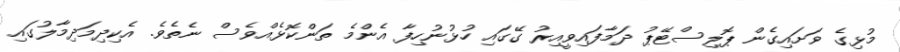
މުޅިގެ ވަށައިގެން ޕޮލިސްޓޭޕު ދަމާފައިވީއިރު ގޭގައި ހުޅުނުހިފާ އެންމެ ތަންކޮޅެއްވެސް ނެތެވެ. އެކިދިމަދިމާލުގައި